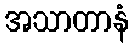
အသာတာနံ